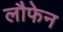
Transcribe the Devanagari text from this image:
लौफेन